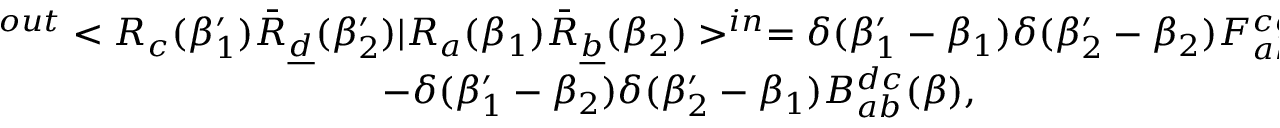
\begin{array} { c } { { ^ { o u t } < R _ { c } ( \beta _ { 1 } ^ { \prime } ) \bar { R } _ { \underline { { d } } } ( \beta _ { 2 } ^ { \prime } ) | R _ { a } ( \beta _ { 1 } ) \bar { R } _ { \underline { { b } } } ( \beta _ { 2 } ) > ^ { i n } = \delta ( \beta _ { 1 } ^ { \prime } - \beta _ { 1 } ) \delta ( \beta _ { 2 } ^ { \prime } - \beta _ { 2 } ) F _ { a b } ^ { c d } ( \beta ) } } \\ { { - \delta ( \beta _ { 1 } ^ { \prime } - \beta _ { 2 } ) \delta ( \beta _ { 2 } ^ { \prime } - \beta _ { 1 } ) B _ { a b } ^ { d c } ( \beta ) , } } \end{array}